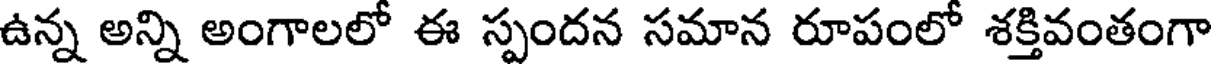
ఉన్న అన్ని అంగాలలో ఈ స్పందన సమాన రూపంలో శక్తివంతంగా